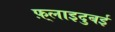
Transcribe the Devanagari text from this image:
फ़्लाइदुबई